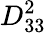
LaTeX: D_{33}^{2}